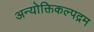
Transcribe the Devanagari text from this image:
अन्योक्तिकल्पद्रम